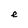
Character: e